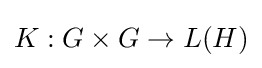
K:G\times G\to L(H)